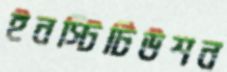
ইনস্টিটিউশন